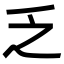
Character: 乏